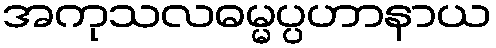
အကုသလဓမ္မပ္ပဟာနာယ